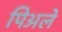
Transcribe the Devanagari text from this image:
पिअले